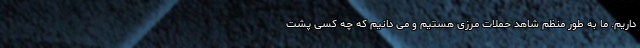
داریم. ما به طور منظم شاهد حملات مرزی هستیم و می دانیم که چه کسی پشت